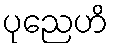
ပုညေဟိ